Vaccine operations Central Provinces 1900-1911 - 1900-1911
Year: 1900
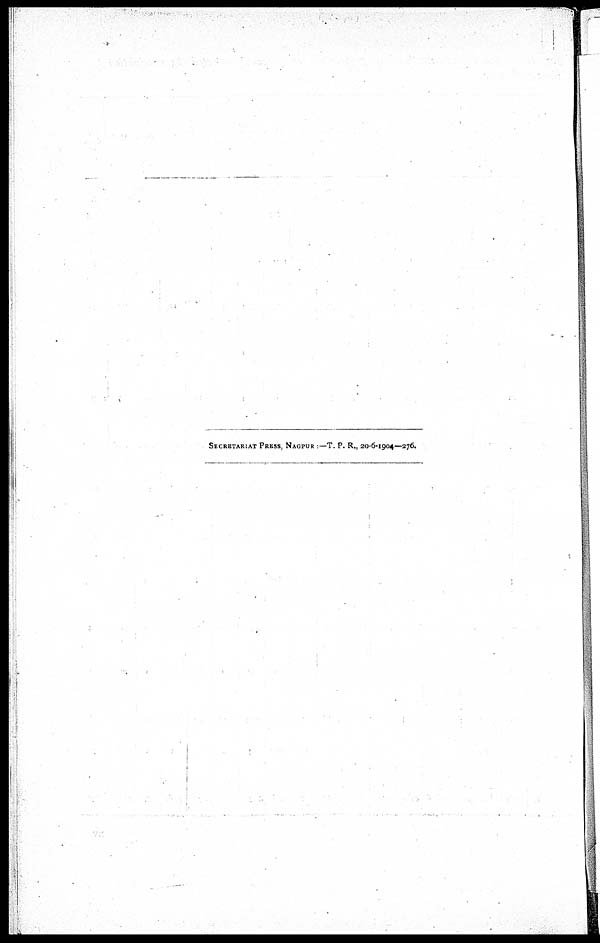
SECRETARIAT PRESS, NAGPUR —T. P. R., 20-6-1904—276.